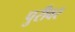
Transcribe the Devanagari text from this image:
पुरीवर